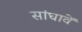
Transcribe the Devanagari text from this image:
सांघावें